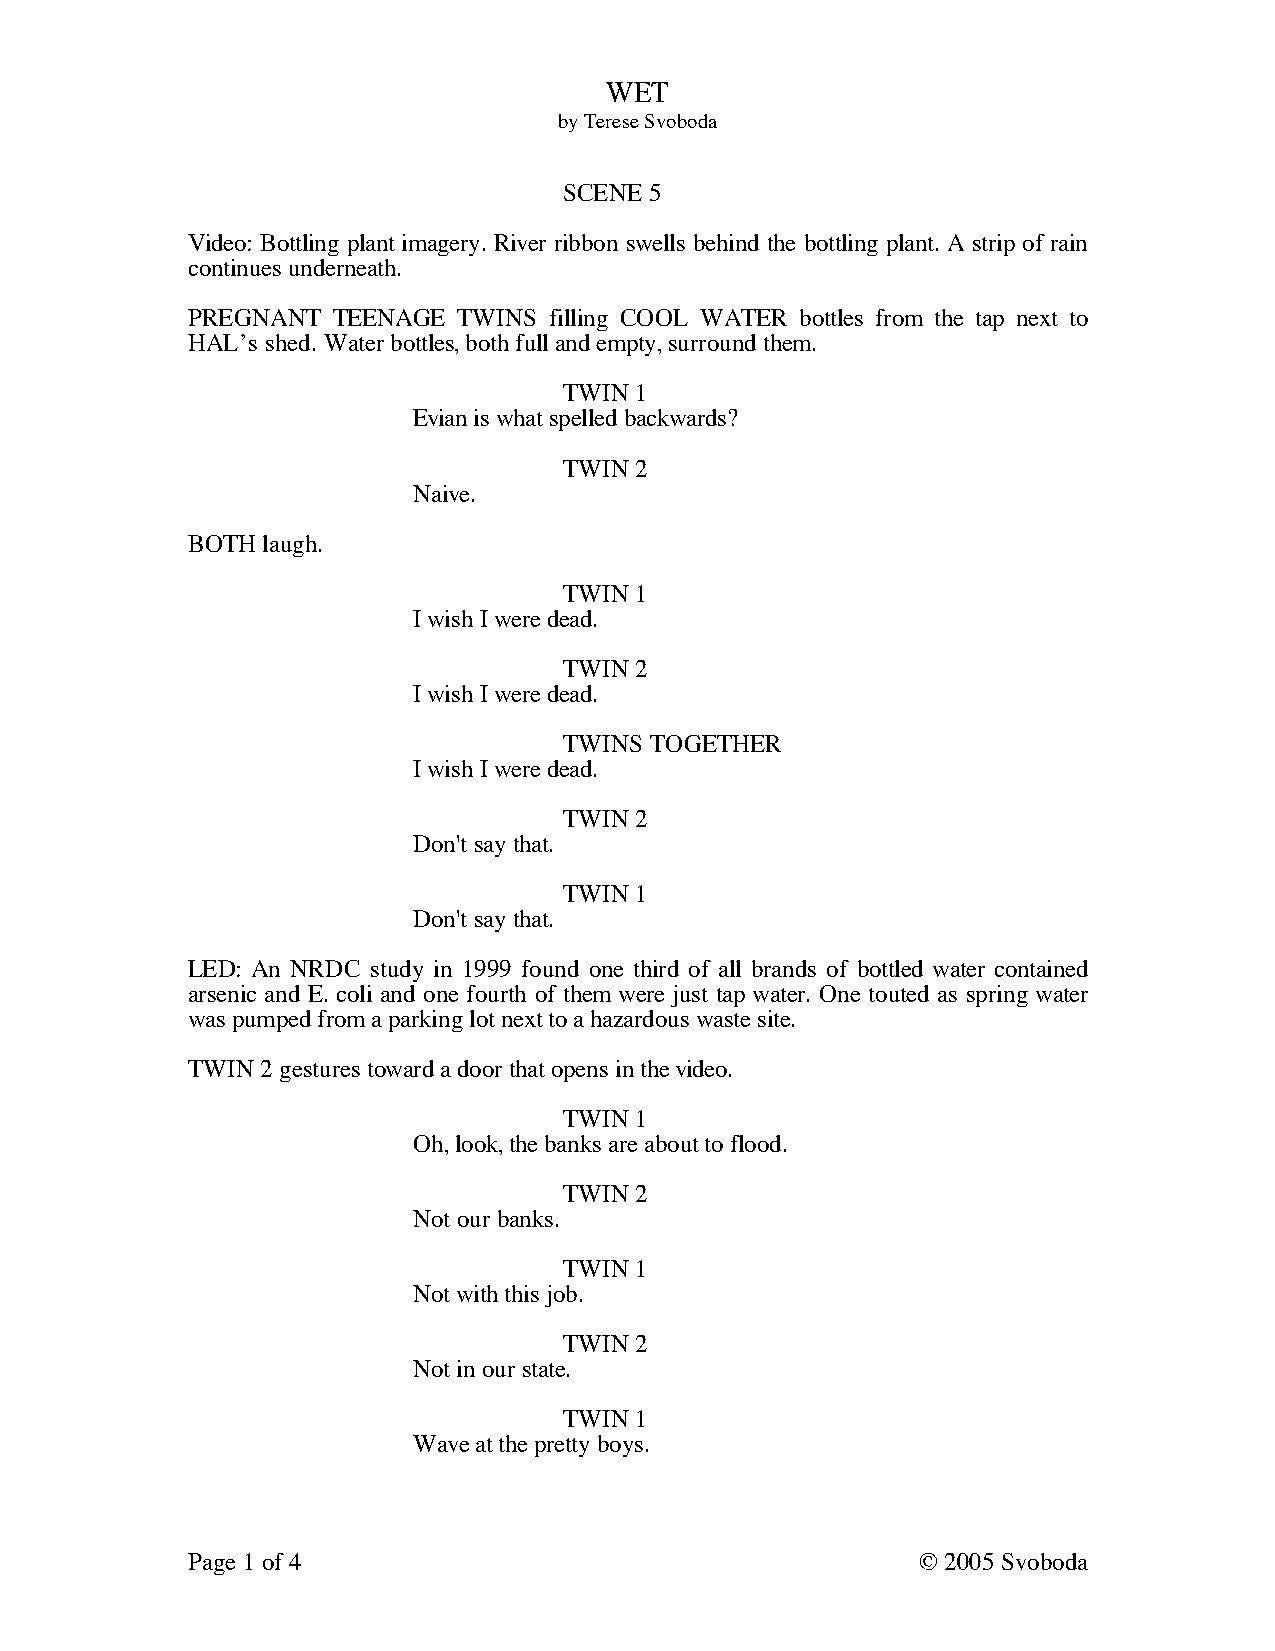
WET
 by Terese Svoboda
 SCENE 5
 Video: Bottling plant imagery. River ribbon swells behind the bottling plant. A strip of rain
 continues underneath.
 PREGNANT  TEENAGE TWINS filling COOL WATER bottles from the tap next to
 HAL’s shed. Water bottles, both full and empty, surround them.
 TWIN 1
 Evian is what spelled backwards?
 TWIN 2
 Naive.
 BOTH laugh.
 TWIN 1
 I wish I were dead.
 TWIN 2
 I wish I were dead.
 TWINS TOGETHER
 I wish I were dead.
 TWIN 2
 Don't say that.
 TWIN 1
 Don't say that.
 LED: An NRDC study in 1999 found one third of all brands of bottled water contained
 arsenic and E. coli and one fourth of them were just tap water. One touted as spring water
 was pumped from a parking lot next to a hazardous waste site.
 TWIN 2 gestures toward a door that opens in the video.
 TWIN 1
 Oh, look, the banks are about to flood.
 TWIN 2
 Not our banks.
 TWIN 1
 Not with this job.
 TWIN 2
 Not in our state.
 TWIN 1
 Wave at the pretty boys.
 Page 1 of 4                                      © 2005 Svoboda